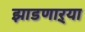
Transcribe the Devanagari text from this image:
झाडणाऱ्या